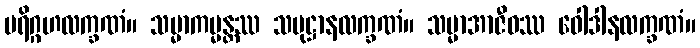
ပရိဂ္ဂဟလက္ခဏံ။ သမ္မာကမ္မန္တဿ သမုဋ္ဌာနလက္ခဏံ။ သမ္မာအာဇီဝဿ ဝေါဒါနလက္ခဏံ။